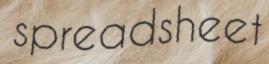
spreadsheet